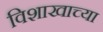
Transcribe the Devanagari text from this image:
विशाखाच्या